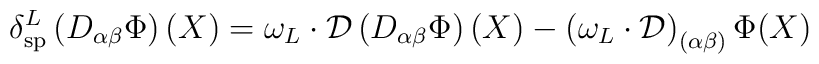
\delta _{\mathrm{sp}}^{L}\left( D_{\alpha \beta }\Phi \right) (X)=\omega_{L}\cdot \mathcal{D}\left( D_{\alpha \beta }\Phi \right) (X)-\left( {\omega_{L}}\cdot \mathcal{D}\right) _{(\alpha \beta )}\Phi (X)